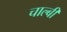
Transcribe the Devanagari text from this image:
चाल्बी